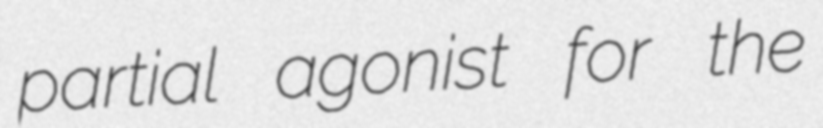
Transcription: partial agonist for the